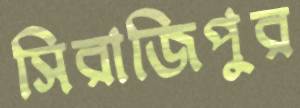
সিরাজিপুর